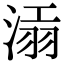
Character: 𣸝